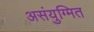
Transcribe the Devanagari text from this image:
असंयुग्मित